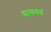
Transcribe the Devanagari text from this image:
दासवत